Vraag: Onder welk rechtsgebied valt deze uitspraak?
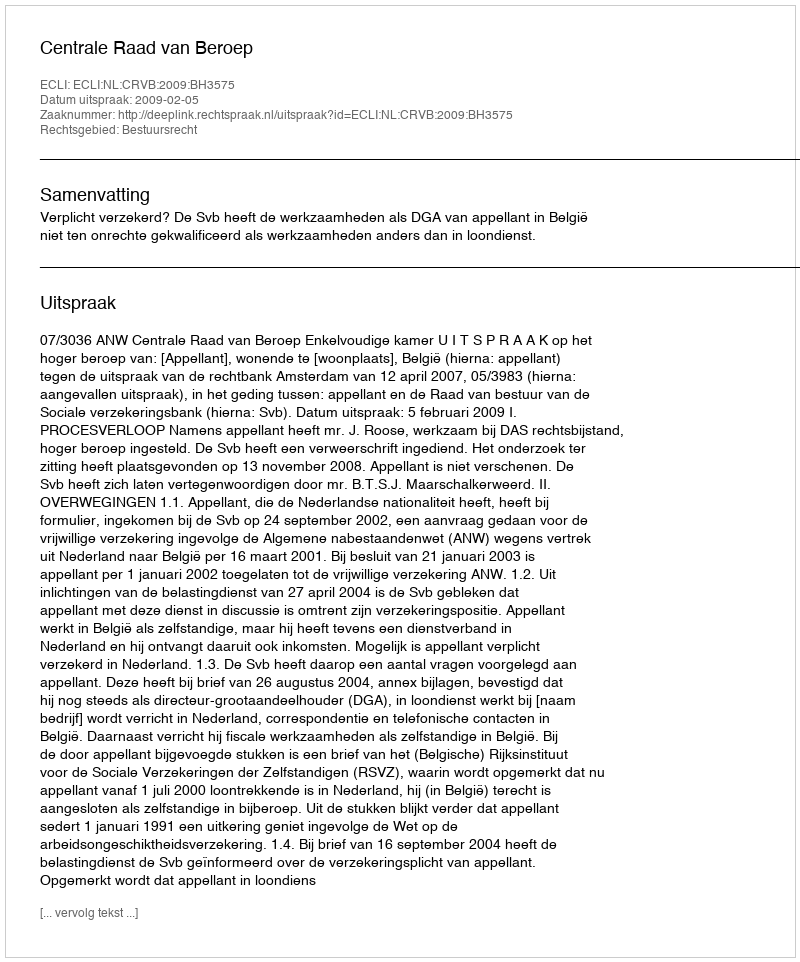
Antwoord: Bestuursrecht